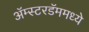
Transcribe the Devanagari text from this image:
ॲम्स्टरडॅममध्ये